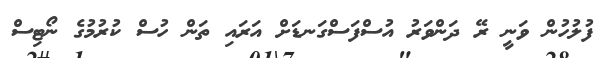
ފުލުހުން ވަނީ ރޭ ދަންވަރު އުސްފަސްގަނޑަށް އަރައި ތަން ހުސް ކުރުމުގެ ނޯޓިސް